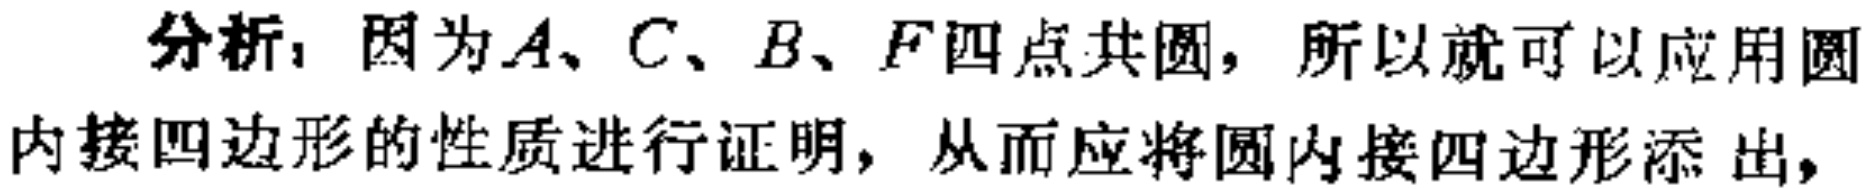
分析：因为\(A、C、B、F\)四点共圆，所以就可以应用圆内接四边形的性质进行证明，从而应将圆内接四边形添出，